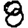
Digit: 8